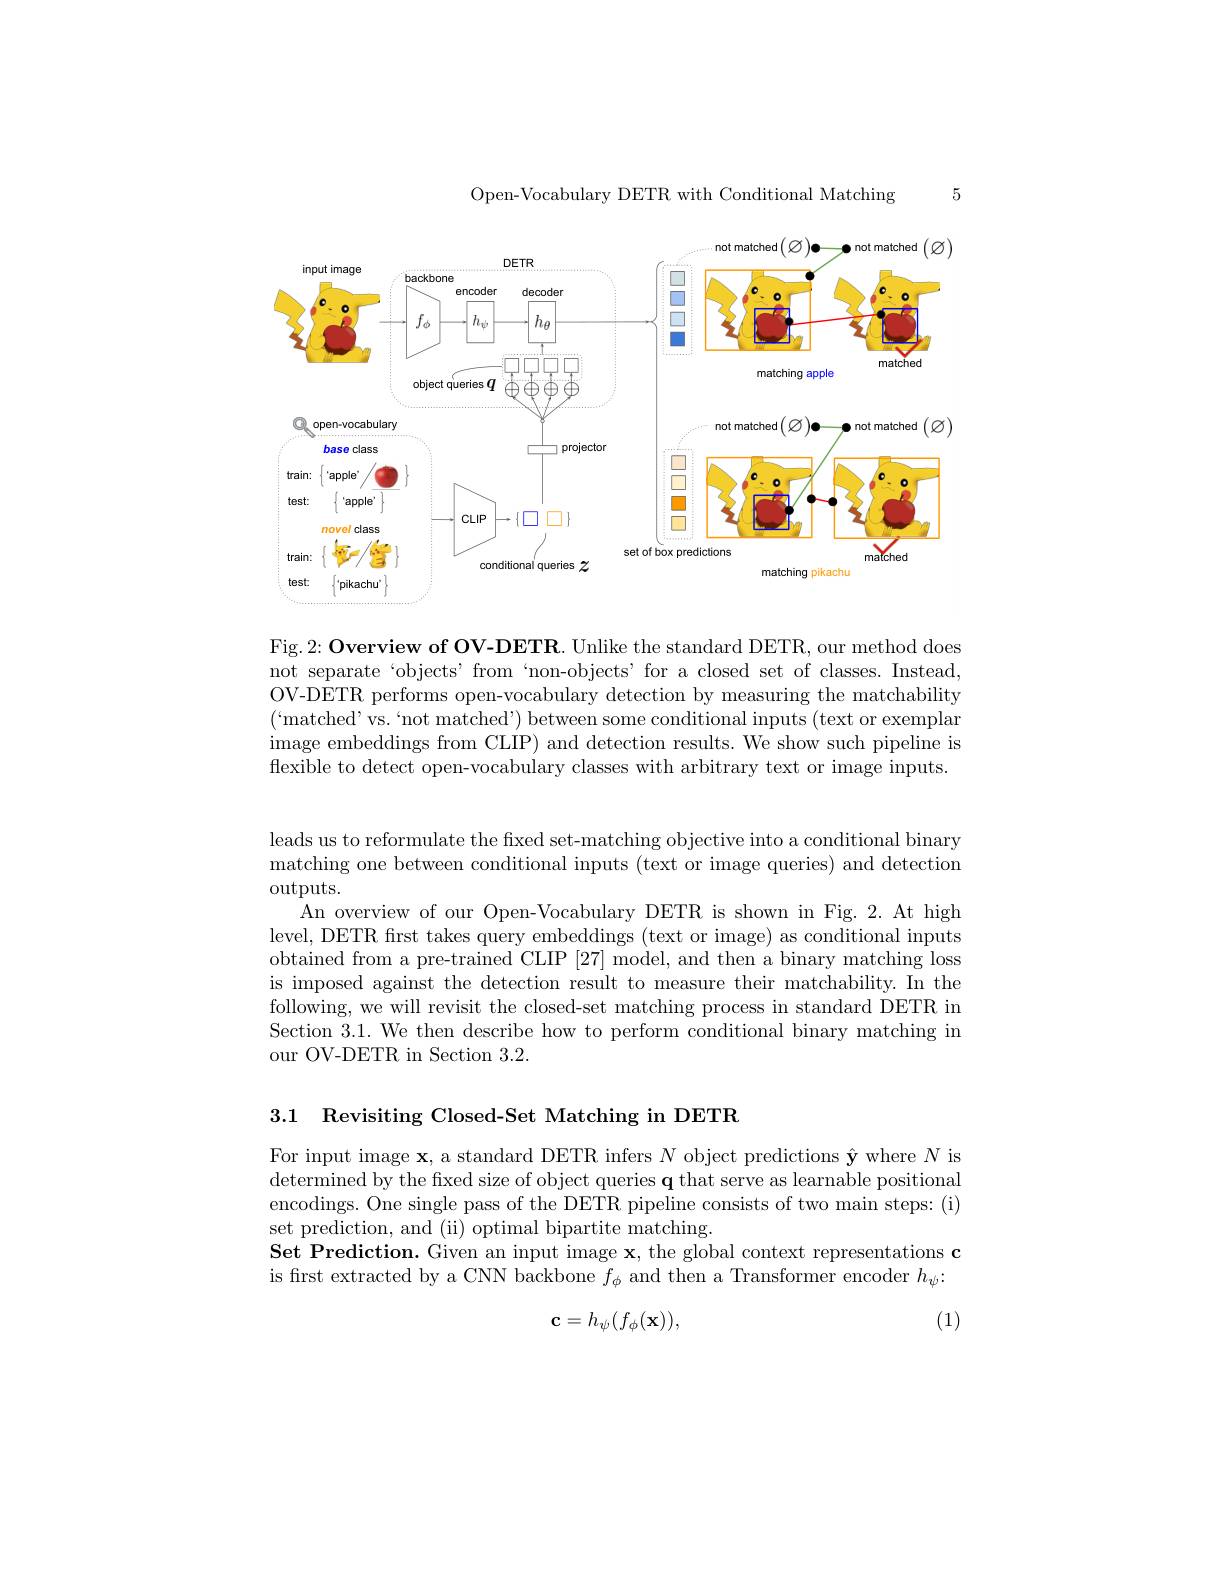
Open-Vocabulary DETR with Conditional Matching

5

<FigureHere>

Fig.2: Overview of OV-DETR. Unlike the standard DETR, our method does not separate‘objects’from‘non-objects’for a closed set of classes. Instead, OV-DETR performs open-vocabulary detection by measuring the matchability ('matched'vs.`not matched') between some conditional inputs (text or exemplar image embeddings from CLIP) and detection results. We show such pipeline is flexible to detect open-vocabulary classes with arbitrary text or image inputs.

leads us to reformulate the fixed set-matching objective into a conditional binary matching one between conditional inputs (text or image queries) and detection outputs.
An overview of our Open-Vocabulary DETR is shown in Fig. 2. At high level, DETR frst takes query embeddings (text or image) as conditional inputs obtained from a pre-trained CLIP [27] model, and then a binary matching loss is imposed against the detection result to measure their matchability. In the following, we will revisit the closed-set matching process in standard DETR in Section 3.1. We then describe how to perform conditional binary matching in our OV-DETR in Section 3.2.

3.1 Revisiting Closed-Set Matching in DETR

For input image $\mathbf{x}$, a standard DETR infers $N$ object predictions $\hat{\mathbf{y}}$ where $N$ is determined by the fixed size of object queries q that serve as learnable positional encodings. One single pass of the DETR pipeline consists of two main steps: (i) set prediction, and (ii) optimal bipartite matching.
Set Prediction. Given an input image $\mathbf{x}$, the global context representations c is first extracted by a CNN backbone $f_\phi$ and then a Transformer encoder $h_\psi{:}$

(1)
$$\mathbf{c}=h_\psi(f_\phi(\mathbf{x})),$$